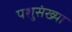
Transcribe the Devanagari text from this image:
पशुसंख्या